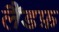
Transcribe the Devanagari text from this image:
लैंडफ़